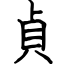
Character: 貞